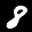
Label: 8